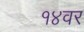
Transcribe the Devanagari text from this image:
१४वर